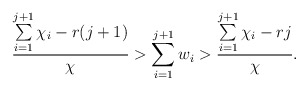
\begin{align*} \frac{\sum\limits_{i=1}^{j+1}\chi_i - r(j+1)}{\chi} > \sum\limits_{i=1}^{j+1}w_i > \frac{\sum\limits_{i=1}^{j+1}\chi_i - rj}{\chi}. \end{align*}